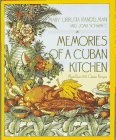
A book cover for Memories of a Cuban Kitchen; Mary Urrutia Randelman; Cookbooks, Food & Wine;